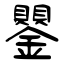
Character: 鑍